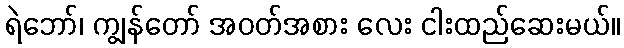
ရဲဘော်၊ ကျွန်တော် အဝတ်အစား လေး ငါးထည်ဆေးမယ်။